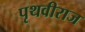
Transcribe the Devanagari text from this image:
पृथवीराज